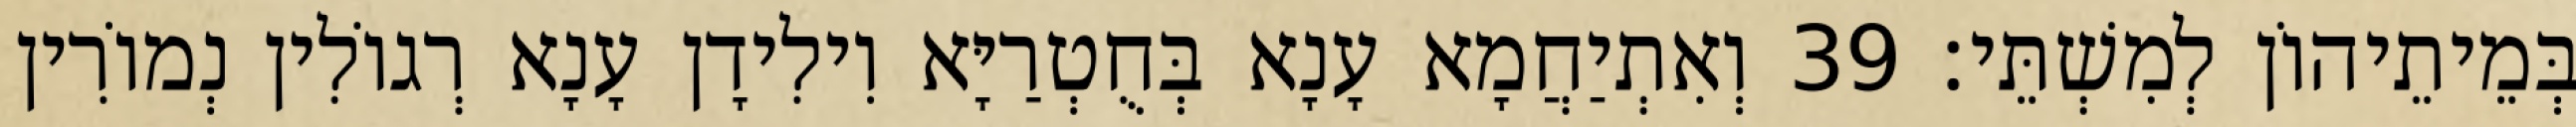
בְּמֵיתֵיהוֹן לְמִשְׁתֵּי׃ 39 וְאִתְיַחֲמָא עָנָא בְּחֻטְרַיָּא וִילִידָן עָנָא רְגוֹלִין נְמוֹרִין